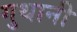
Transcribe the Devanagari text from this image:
गुथानी